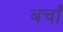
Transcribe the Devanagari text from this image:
बचाँ